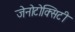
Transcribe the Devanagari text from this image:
जेनोटोक्सिटी